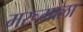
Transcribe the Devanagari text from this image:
मरूमाला